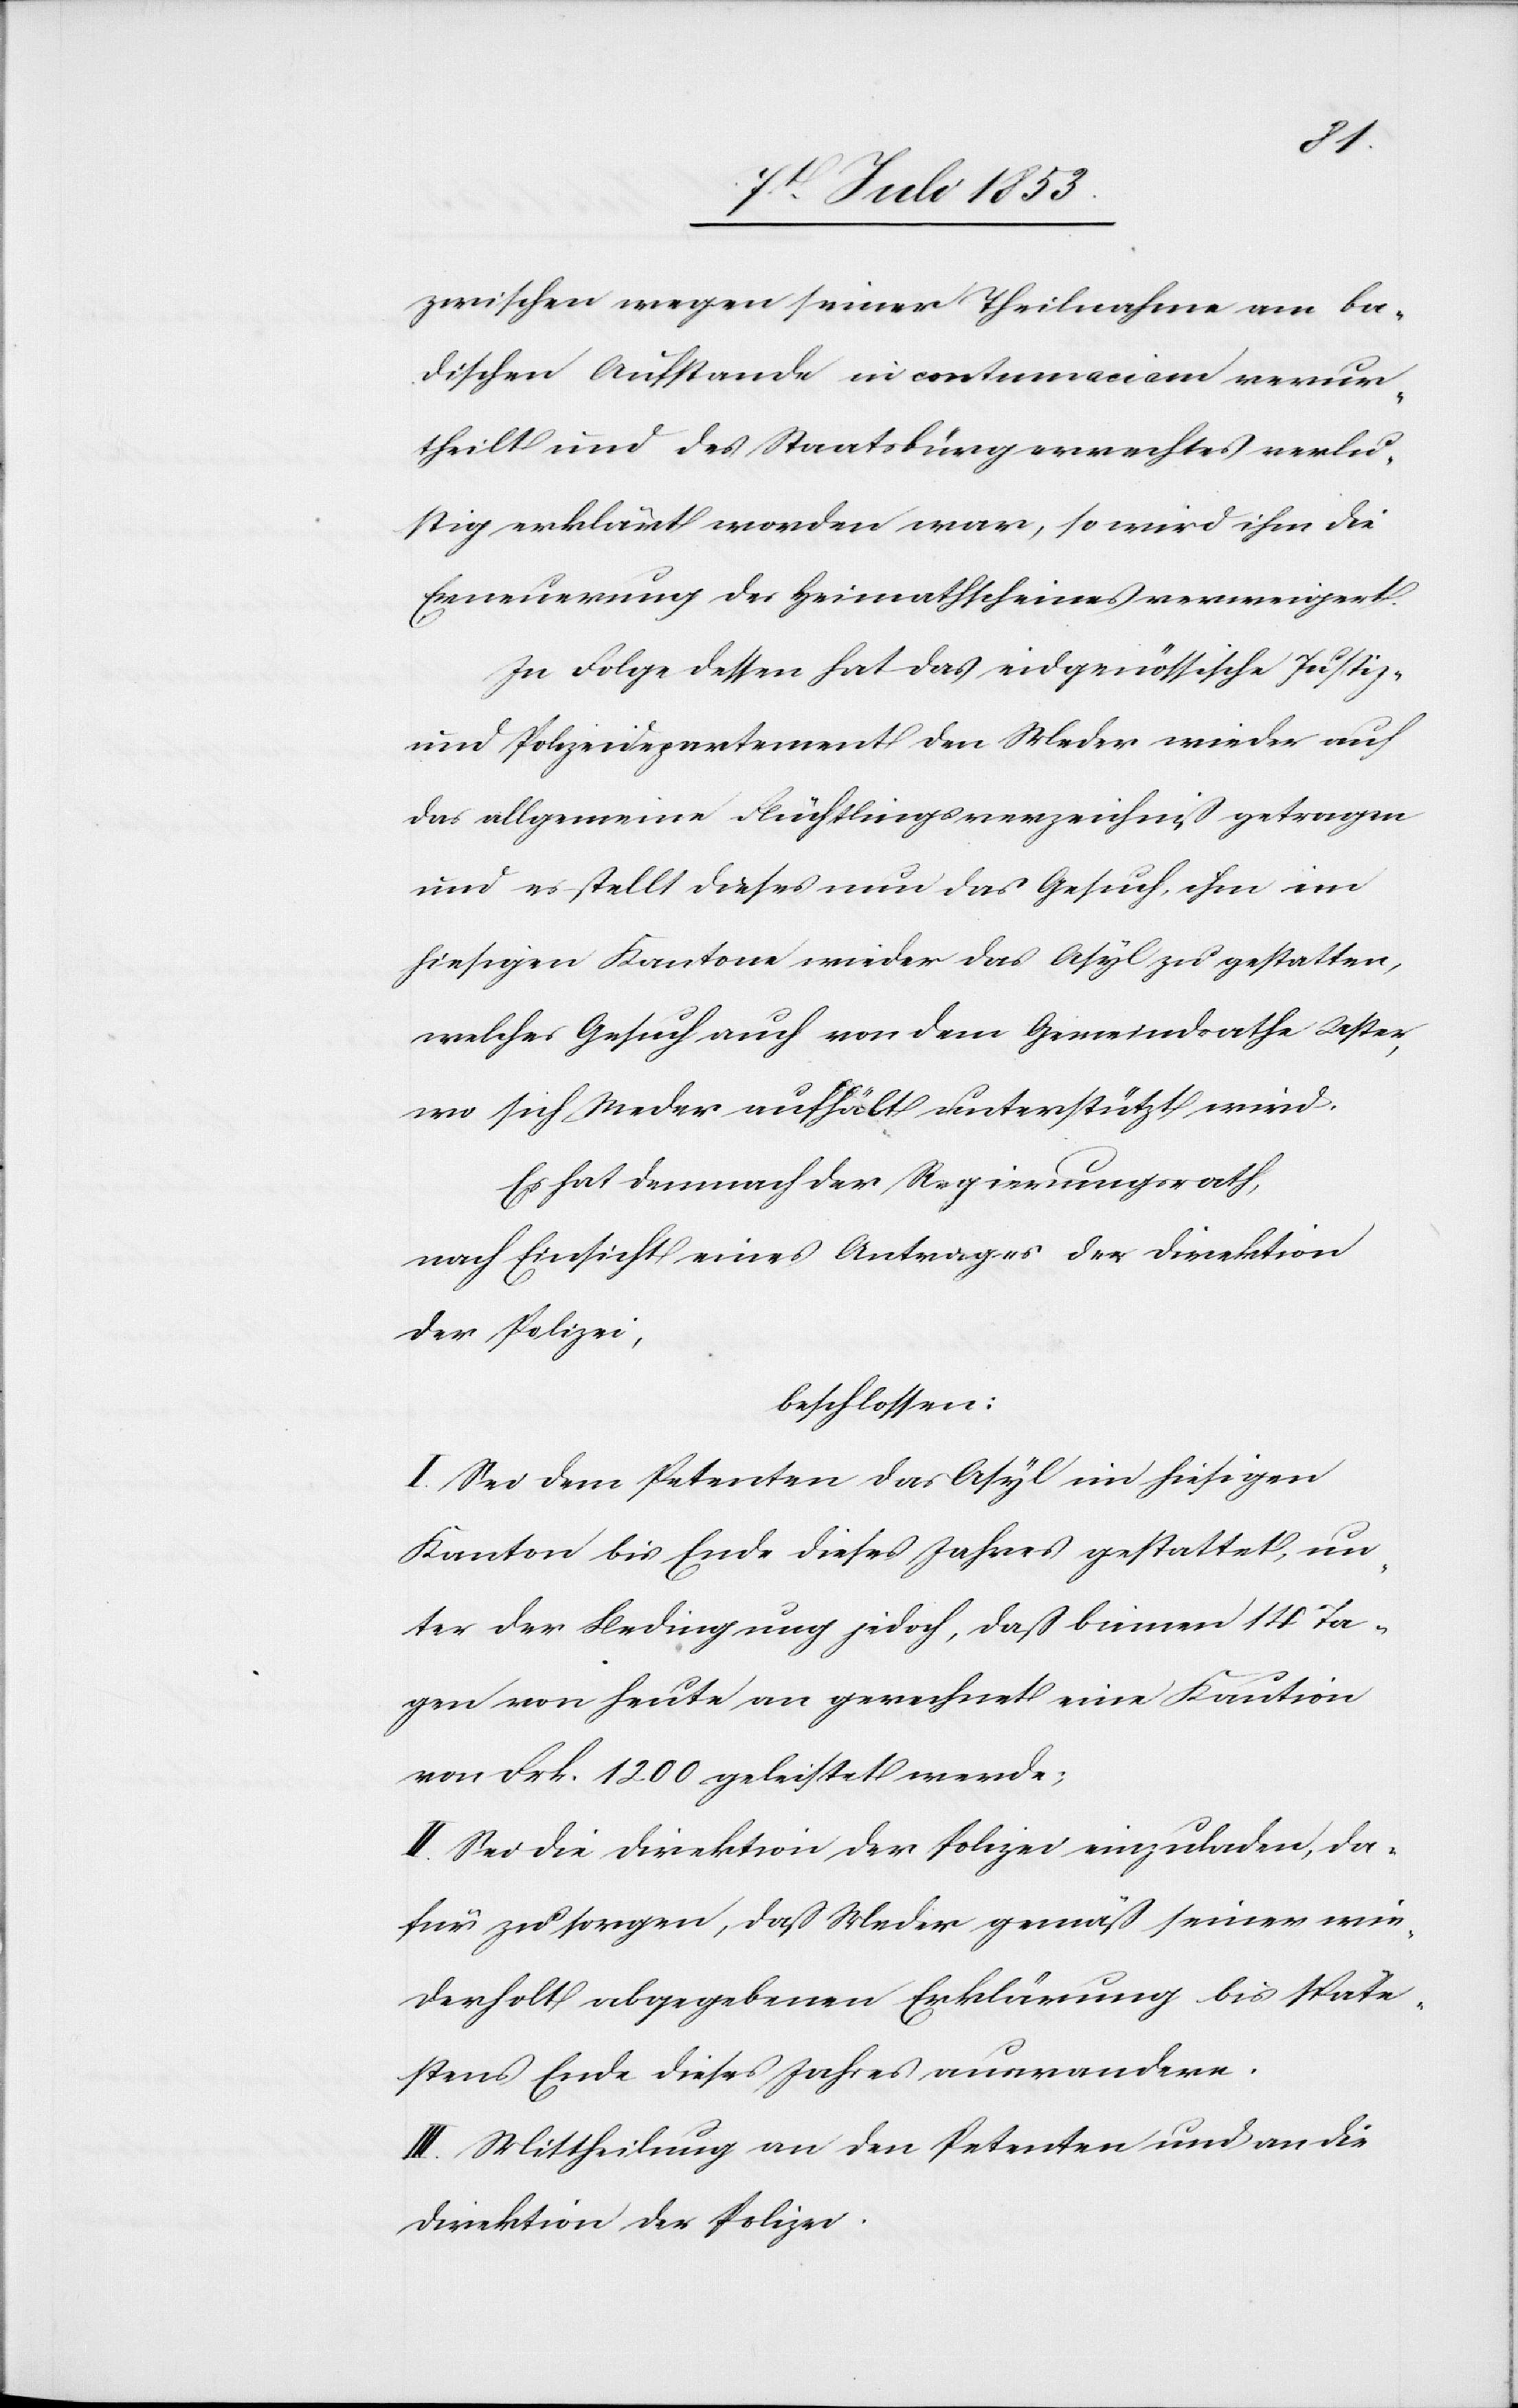
zwischen wegen seiner Theilnahme am ba¬
dischen Aufstande in contumaciam verur¬
theilt und des Staatsbürgerrechtes verlu¬
stig erklärt worden war, so wird ihm die
Erneuerung des Heimathscheines verweigert.
In Folge dessen hat das eidgenössische Justiz-
und Polizeidepartement den Weder wieder auf
das allgemeine Flüchtlingsverzeichniß getragen
und es stellt dieses nun das Gesuch, ihm im
hiesigen Kantone wieder das Asyl zu gestatten,
welches Gesuch, auch von dem Gemeindrathe Uster,
wo sich Weder aufhält unterstützt wird.
Es hat demnach der Regierungsrath,
nach Einsicht eines Antrages der Direktion
der Polizei,
beschlossen:
I. Sei dem Petenten das Asyl im hiesigen
Kanton bis Ende dieses Jahres gestattet, un¬
ter der Bedingung jedoch, daß binnen 14 Ta¬
gen von heute an gerechnet eine Kaution
von Frk. 1200 geleistet werde;
II. Sei die Direktion der Polizei einzuladen, da¬
für zu sorgen, daß Weder gemäß seiner wie¬
derholt abgegebenen Erklärung bis späte¬
stens Ende dieses Jahres auswandere.
III. Mittheilung an den Petenten und an die
Direktion der Polizei.